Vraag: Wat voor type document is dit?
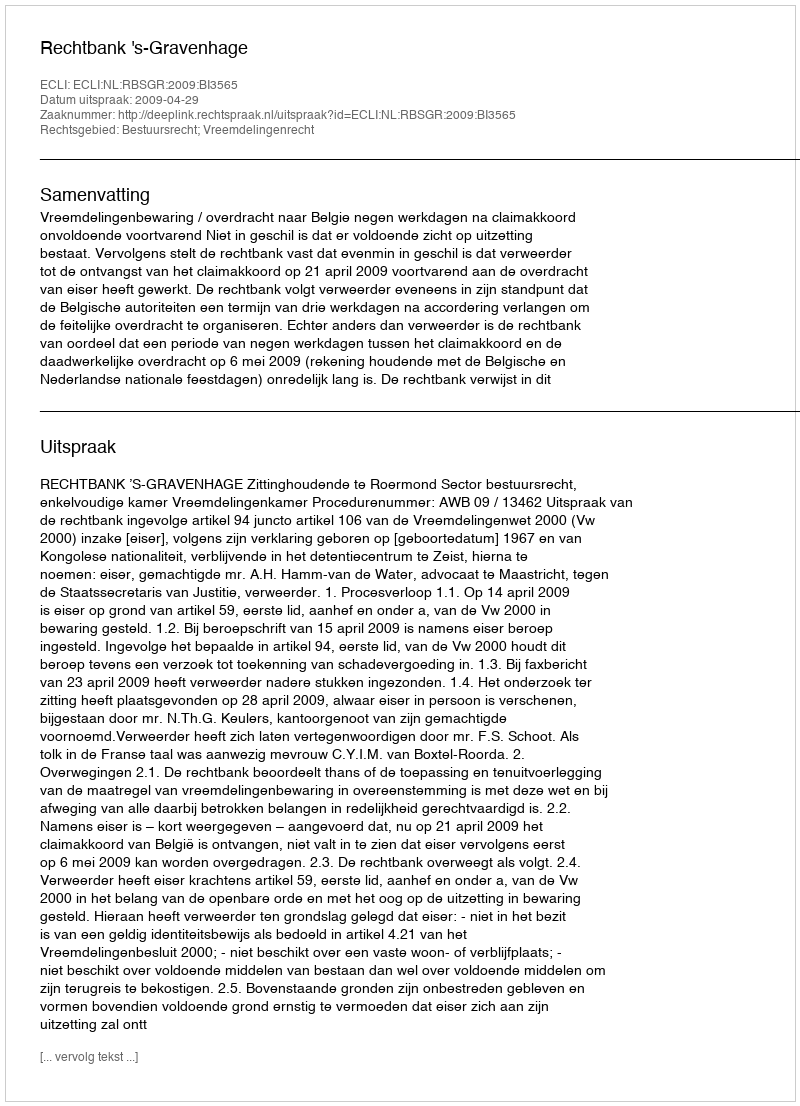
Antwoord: Uitspraak